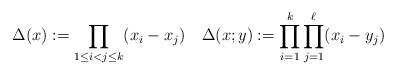
LaTeX: \begin{align*}\Delta(x):=\prod_{1\leq i<j\leq k}(x_i-x_j) \quad\Delta(x;y):=\prod_{i=1}^k \prod_{j=1}^{\ell} (x_i-y_j)\end{align*}